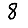
Digit: 8